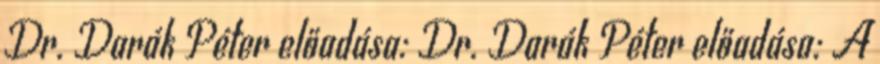
Dr. Darák Péter előadása: Dr. Darák Péter előadása: A